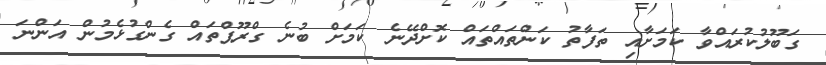
ގަބޫލުކުރައްވާ ކަމަށާއި ތަފާތު ކަންތައްތައް ކޮށްދޭނެ ކަމަށް ބުނެ ގްރޫޕްތައް ގެންގުޅެމުން އަންނަ